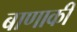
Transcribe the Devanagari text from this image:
बाणाकी